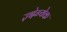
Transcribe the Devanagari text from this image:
ज़्देन्येक